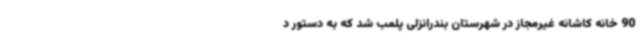
90 خانه کاشانه غیرمجاز در شهرستان بندرانزلی پلمب شد که به دستور د